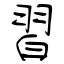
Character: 習